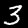
Label: 3